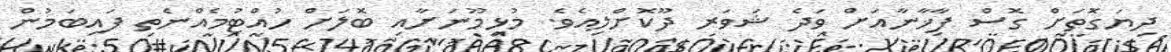
ދިޔަގޮތަށް ގޮސް ފާޚާނާއަށް ވަދެ ޝަވަރ ދޫކޮށްލިއެވެ. މުޅިމޫނަށާއި ބޮލަށް ހުއްޓުމެއްނެތި ފައިބަމުން